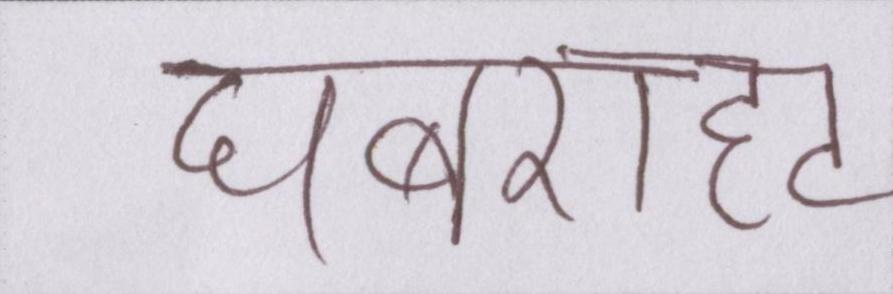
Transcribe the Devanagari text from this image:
घबराहट